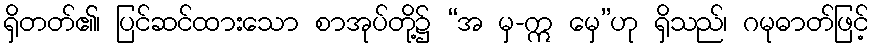
ရှိတတ်၏၊ ပြင်ဆင်ထားသော စာအုပ်တို့၌ “အ မှ-ဣ မှေ”ဟု ရှိသည်၊ ဂမုဓာတ်ဖြင့်